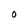
Character: O